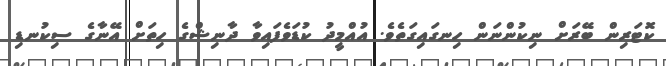
ކޮޓަރިން ބޭރަށް ނިކުންނަން ހިނގައިގަތެވެ. އުއްމީދު ކުޑަވެފައިވާ ދާނިޝްގެ ހިތަށް އޭނާގެ ސިކުނޑި